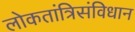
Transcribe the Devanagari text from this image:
लोकतांत्रिसंविधान